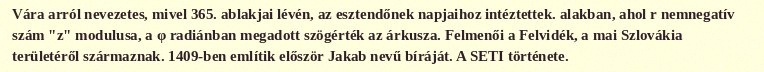
Vára arról nevezetes, mivel 365. ablakjai lévén, az esztendőnek napjaihoz intéztettek. alakban, ahol r nemnegatív szám "z" modulusa, a φ radiánban megadott szögérték az árkusza. Felmenői a Felvidék, a mai Szlovákia területéről származnak. 1409-ben említik először Jakab nevű bíráját. A SETI története.